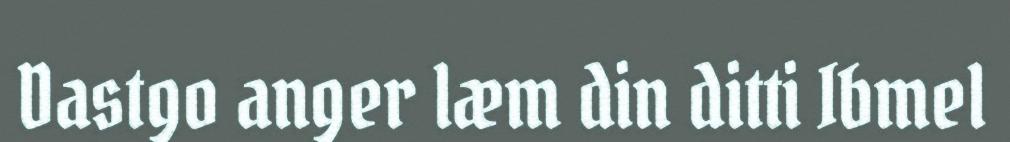
Dastgo anger læm din ditti Ibmel